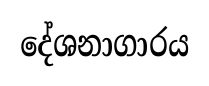
දේශනාගාරය